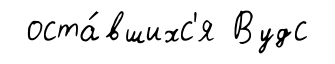
оста́вшихс'я Вудс